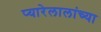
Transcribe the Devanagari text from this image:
प्यारेलालांच्या